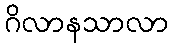
ဂိလာနသာလာ